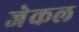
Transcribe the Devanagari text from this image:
जेकल